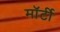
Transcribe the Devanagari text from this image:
मॉर्टी